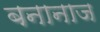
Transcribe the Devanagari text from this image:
बनानाज